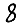
Digit: 8